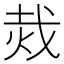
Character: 烖